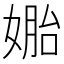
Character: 𰌎